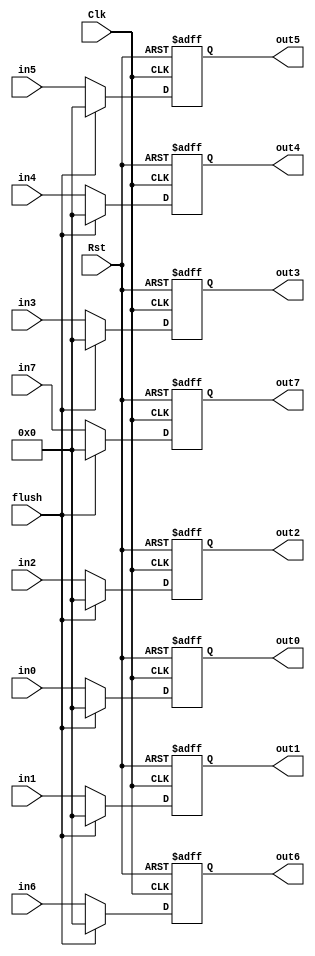
module StageReg (
  input wire Clk, 
  input wire Rst, 
  input wire flush,
  input wire [31:0] in0, in1, in2, in3, in4, in5, in6, in7,
  output reg [31:0] out0, out1, out2, out3, out4, out5, out6, out7
);

  always @(posedge Clk or posedge Rst) begin
    if (Rst) begin
      out0 <= 32'h0000_0000;
      out1 <= 32'h0000_0000;
      out2 <= 32'h0000_0000;
      out3 <= 32'h0000_0000;
      out4 <= 32'h0000_0000;
      out5 <= 32'h0000_0000;
      out6 <= 32'h0000_0000;
      out7 <= 32'h0000_0000;
    end else if (flush) begin
      out0 <= 32'h0000_0000;
      out1 <= 32'h0000_0000;
      out2 <= 32'h0000_0000;
      out3 <= 32'h0000_0000;
      out4 <= 32'h0000_0000;
      out5 <= 32'h0000_0000;
      out6 <= 32'h0000_0000;
      out7 <= 32'h0000_0000;
    end else begin
      out0 <= in0;
      out1 <= in1;
      out2 <= in2;
      out3 <= in3;
      out4 <= in4;
      out5 <= in5;
      out6 <= in6;
      out7 <= in7;
    end
  end

endmodule